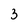
Character: 3